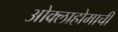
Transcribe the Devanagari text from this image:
ओक्लाहोमाची